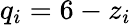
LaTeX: q_{i}=6-z_{i}